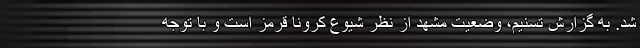
شد. به گزارش تسنیم، وضعیت مشهد از نظر شیوع کرونا قرمز است و با توجه